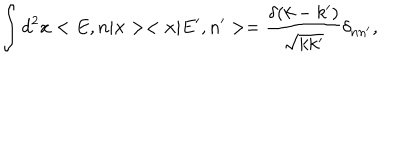
LaTeX: \int { d } ^ { 2 } x < E , n | { \bf x } > < { \bf x } | E ^ { \prime } , n ^ { \prime } > = \frac { \delta ( k - k ^ { \prime } ) } { \sqrt { k k ^ { \prime } } } { \delta } _ { n n ^ { \prime } } ,